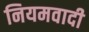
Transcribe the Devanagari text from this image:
नियमवादी